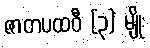
ဇာတပထဝီ (၃) မျိုး